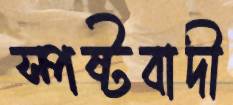
স্পষ্টবাদী